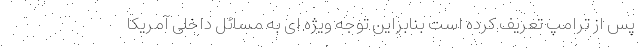
پس از ترامپ تعریف کرده است بنابراین توجه ویژه ای به مسائل داخلی آمریکا